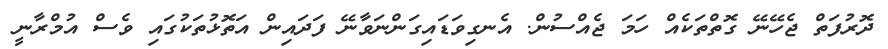
ދޮރުފަތް ޖެހޭނޭ ގޮތްތަކެއް ހަމަ ޖެއްސުން. އެނގިވަޑައިގަންނަވާނޭ ފަދައިން އަތޮޅުތަކުގައި ވެސް އުމްރާނީ